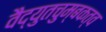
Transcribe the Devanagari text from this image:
वैद्युतचुम्बकत्व